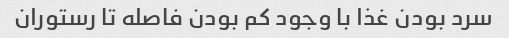
سرد بودن غذا با وجود کم بودن فاصله تا رستوران